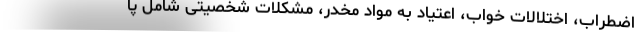
اضطراب، اختلالات خواب، اعتیاد به مواد مخدر، مشکلات شخصیتی شامل پا